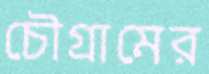
চৌগ্রামের